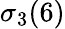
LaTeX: \sigma_{3}(6)